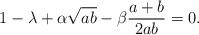
LaTeX: \begin{align*}1-\lambda+\alpha\sqrt{ab}-\beta\frac{a+b}{2ab}=0.\end{align*}